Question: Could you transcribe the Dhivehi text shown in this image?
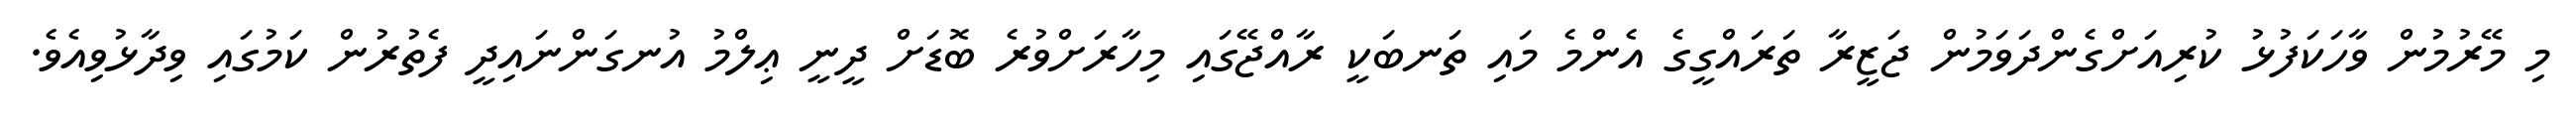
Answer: މި މޭރުމުން ވާހަކަފުޅު ކުރިއަށްގެންދަވަމުން ޖަޒީރާ ތަރައްގީގެ އެންމެ މައި ތަނބަކީ ރާއްޖޭގައި މިހާރަށްވުރެ ބޮޑަށް ދީނީ ޢިލްމު އުނގަންނައިދީ ފެތުރުން ކަމުގައި ވިދާޅުވިއެވެ.